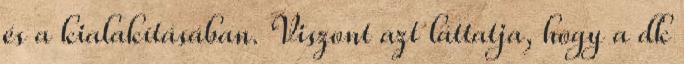
és a kialakításában. Viszont azt láttatja, hogy a dk